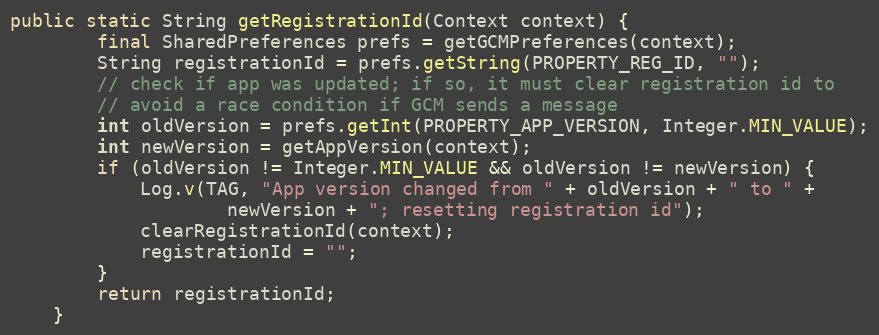
Language: Java
public static String getRegistrationId(Context context) {
        final SharedPreferences prefs = getGCMPreferences(context);
        String registrationId = prefs.getString(PROPERTY_REG_ID, "");
        // check if app was updated; if so, it must clear registration id to
        // avoid a race condition if GCM sends a message
        int oldVersion = prefs.getInt(PROPERTY_APP_VERSION, Integer.MIN_VALUE);
        int newVersion = getAppVersion(context);
        if (oldVersion != Integer.MIN_VALUE && oldVersion != newVersion) {
            Log.v(TAG, "App version changed from " + oldVersion + " to " +
                    newVersion + "; resetting registration id");
            clearRegistrationId(context);
            registrationId = "";
        }
        return registrationId;
    }